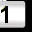
Digit: 1